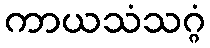
ကာယသံသဂ္ဂံ